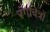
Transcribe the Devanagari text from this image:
रंगचित्रों